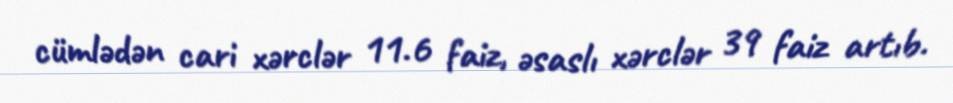
cümlədən cari xərclər 11.6 faiz, əsaslı xərclər 39 faiz artıb.